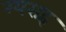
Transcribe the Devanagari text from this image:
ग्यराह